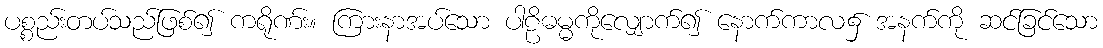
ပစ္စည်းတပ်သည်ဖြစ်၍ ကရိုဏ်း။ ကြားနာအပ်သော ပါဠိဓမ္မကိုလျှောက်၍ နောက်ကာလ၌ အနက်ကို ဆင်ခြင်သော